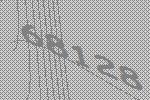
68128